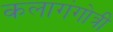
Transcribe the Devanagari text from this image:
कलागंगोत्री